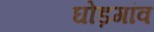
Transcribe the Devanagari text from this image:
घोड़गांव